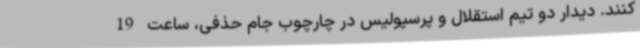
کنند. دیدار دو تیم استقلال و پرسپولیس در چارچوب جام حذفی، ساعت 19